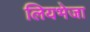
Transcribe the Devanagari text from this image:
लियभेजा